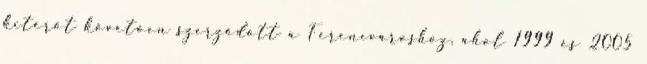
kitérőt követően szerződött a Ferencvároshoz, ahol 1999 és 2005